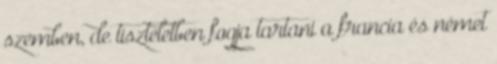
szemben, de tiszteletben fogja tartani a francia és német